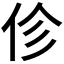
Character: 𫢗